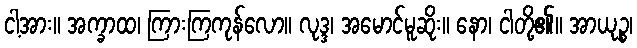
ငါ့အား။ အက္ခာထ၊ ကြားကြကုန်လော။ လုဒ္ဒ၊ အမောင်မူဆိုး။ နော၊ ငါတို့၏။ အာယုဉ္စ၊